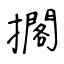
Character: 擱